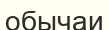
обычаи